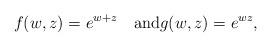
LaTeX: \begin{align*} f(w,z)=e^{w+z}\quad\mbox{and}g(w,z)=e^{wz}, \end{align*}